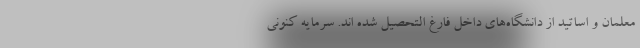
معلمان و اساتید از دانشگاه‌های داخل فارغ التحصیل شده اند. سرمایه کنونی